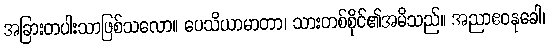
အခြားတပါးသာဖြစ်သလော။ ပေသိယာမာတာ၊ သားတစ်စိုင်၏အမိသည်။ အညာဧဝနုခေါ၊